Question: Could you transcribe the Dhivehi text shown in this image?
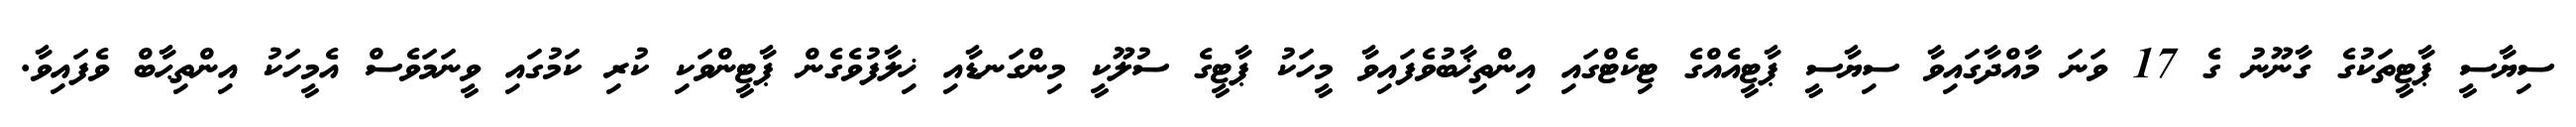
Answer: ސިޔާސީ ޕާޓީތަކުގެ ގާނޫނު ގެ 17 ވަނަ މާއްދާގައިވާ ސިޔާސީ ޕާޓީއެއްގެ ޓިކެޓްގައި އިންތިޚާބުވެފައިވާ މީހަކު ޕާޓީގެ ސުލޫކީ މިންގަނޑާއި ޚިލާފުވެގެން ޕާޓީންވަކި ކުރި ކަމުގައި ވީނަމަވެސް އެމީހަކު އިންތިޙާބް ވެފައިވާ.